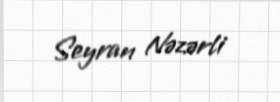
Seyran Nəzərli